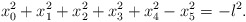
\begin{align*}x_0^2 + x_1^2 + x_2^2 + x_3^2 + x_4^2 - x_5^2 =-l^2.\end{align*}